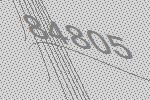
84805